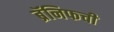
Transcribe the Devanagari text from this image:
ब्रॅनिफची